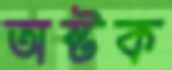
অষ্টক